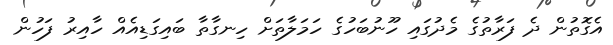
އެގޮތުން ދެ ފަރާތުގެ މެދުގައި ހޫނުބަހުގެ ހަމަލާތަށް ހިނގާތާ ބައިގަޑިއެއް ހާއިރު ފަހުން